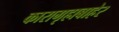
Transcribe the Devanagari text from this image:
कारागृहाबाहेर